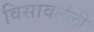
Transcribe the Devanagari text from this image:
विसावलेली